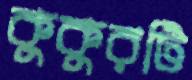
কুকুরটি